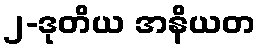
၂-ဒုတိယ အနိယတ